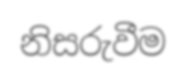
නිසරුවීම